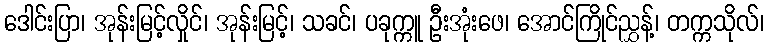
ဒေါင်းပြာ၊ အုန်းမြင့်လှိုင်၊ အုန်းမြင့်၊ သခင်၊ ပခုက္ကူ ဦးအုံးဖေ၊ အောင်ကြိုင်ညွှန့်၊ တက္ကသိုလ်၊